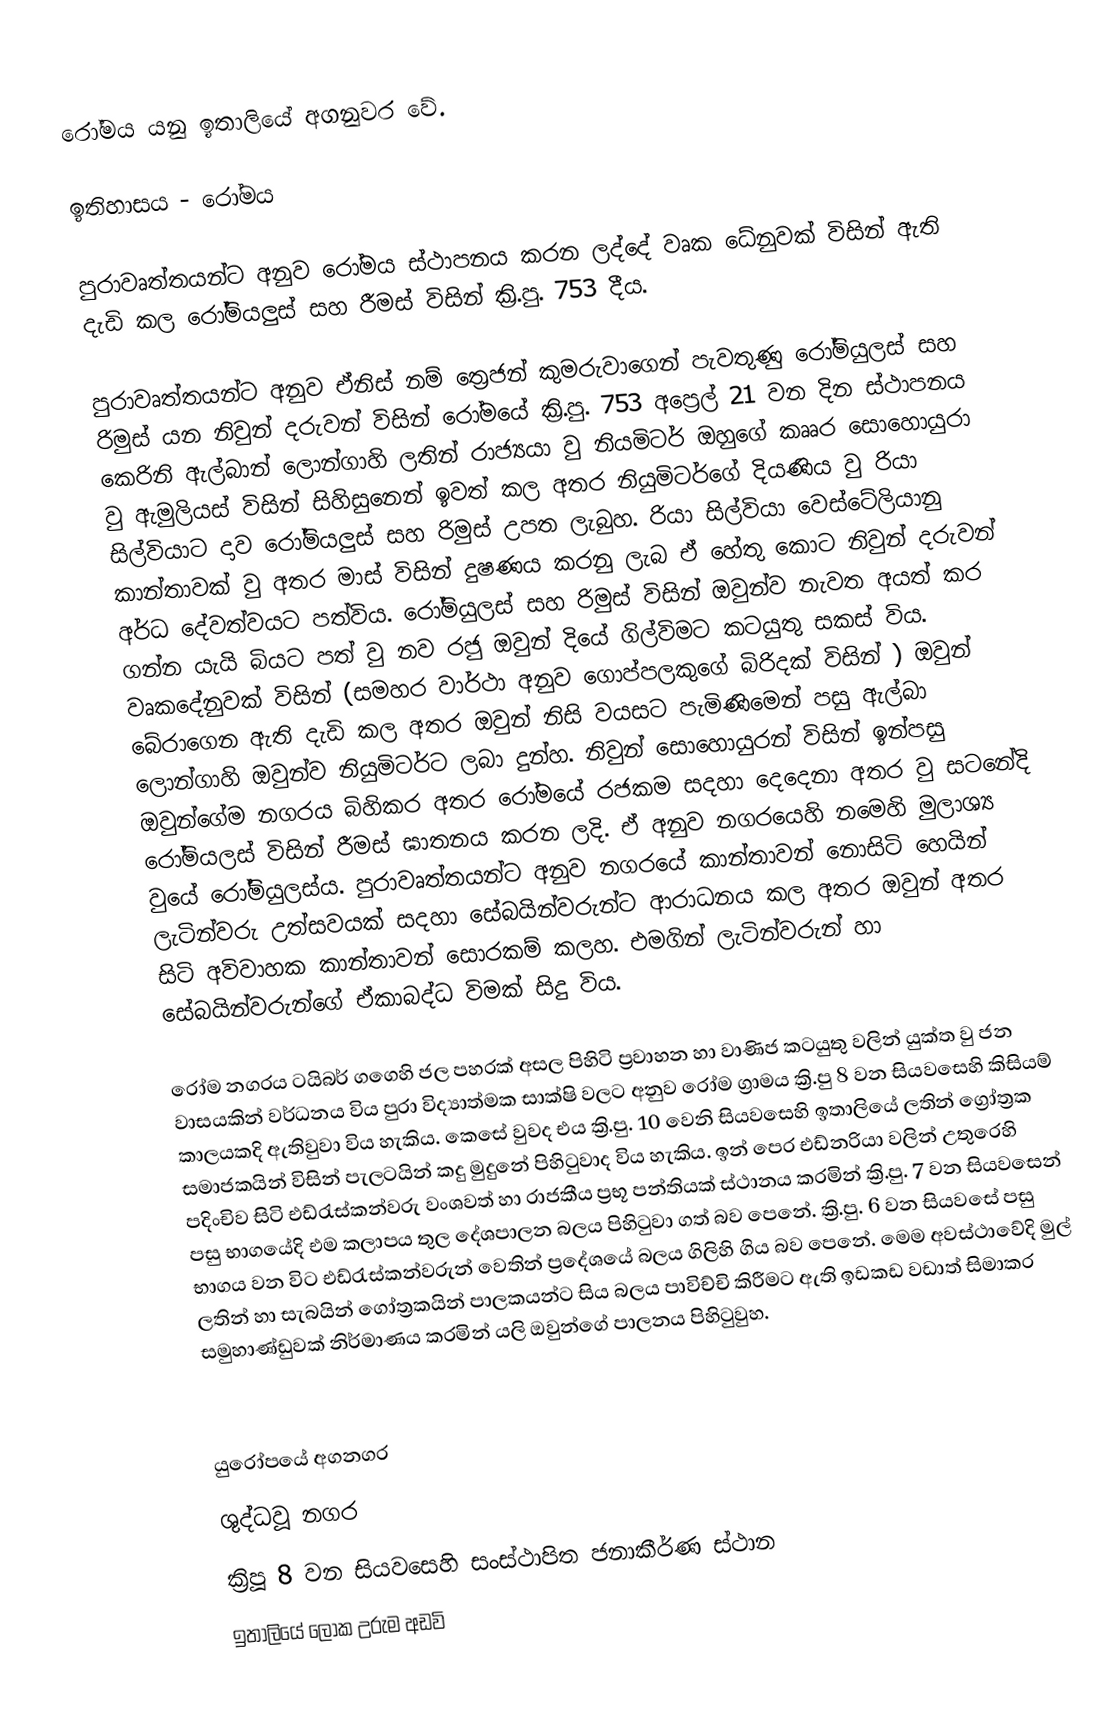
රෝමය යනු ඉතාලියේ අගනුවර වේ.

ඉතිහාසය - රෝමය

පුරාවෘත්තයන්ට අනුව රෝමය ස්ථාපනය කරන ලද්දේ වෘක ධේනුවක් විසින් ඇති දැඩි කල රෝමියලුස් සහ රීමස් විසින් ක්‍රි.පු. 753 දීය.

පුරාවෘත්තයන්ට අනුව ඒනිස් නම් ත්‍රෙජන් කුමරුවාගෙන් පැවතුණු රෝමියුලස් සහ රිමුස් යන නිවුන් දරුවන් විසින් රෝමයේ ක්‍රි.පු. 753 අප්‍රෙල් 21 වන දින ස්ථාපනය කෙ‍රිනි ඇල්බාන් ලොන්ගාහි ලතින් රාජ්‍යයා වු නියමිටර් ඔහුගේ කෲර සොහොයුරා වු ඇමුලියස් විසින් සිහිසුනෙන් ඉවත් කල අතර නියුමිටර්ගේ දියණිය වු රියා සිල්වියාට දාව රෝමියලුස් සහ රිමුස් උපත ලැබුහ. රියා සිල්වියා වෙස්ටේලියානු කාන්තාවක් වු අතර මාස් විසින් දුෂණය කරනු ලැබ ඒ හේතු කොට නිවුන් දරුවන් අර්ධ දේවත්වයට පත්විය. රෝමියුලස් සහ රිමුස් විසින් ඔවුන්ව නැවත අයත් කර ගන්න යැයි බියට පත් වු නව රජු ඔවුන් දියේ ගිල්විමට කටයුතු සකස් විය. වෘකදේනුවක් විසින් (සමහර වාර්ථා අනුව ගොප්පලකුගේ බිරිදක් විසින් ) ඔවුන් බේරාගෙන ඇති දැඩි කල අතර ඔවුන් නිසි වයසට පැමිණිමෙන් පසු ඇල්බා ලොන්ගාහි ඔවුන්ව නියුමිටර්ට ලබා දුන්හ. නිවුන් සොහොයුරන් විසින් ඉන්පසු ඔවුන්ගේම නගරය බිහිකර අතර රෝමයේ රජකම සදහා දෙදෙනා අතර වු සටනේදි රෝමියලස් විසින් රීමස් ඝාතනය කරන ලදි. ඒ අනුව නගරයෙහි නමෙහි ‍මුලාශ්‍ය වුයේ රෝමියුලස්ය. පුරාවෘත්තයන්ට අනුව නගරයේ කාන්තාවන් නොසිටි හෙයින් ලැටින්වරු උත්සවයක් සදහා සේබයින්වරුන්ට ආරාධනය කල අතර ඔවුන් අතර සිටි අවිවාහක කාන්තාවන් ‍සොරකම් කලහ. එමගින් ලැටින්වරුන් හා සේබයින්වරුන්ගේ ඒකාබද්ධ විමක් සිදු විය.

රෝම නගරය ටයිබර් ගගෙහි ජල පහරක් අසල පිහිටි ප්‍රවාහන හා වාණිජ කටයුතු වලින් යුක්ත වු ජන වාසයකින් වර්ධනය විය පුරා විද්‍යාත්මක සාක්ෂි වලට අනුව රෝම ග්‍රාමය ක්‍රි.පු 8 වන සියවසෙහි කිසියම් කාලයකදි ඇතිවුවා විය හැකිය. කෙසේ වුවද එය ක්‍රි.පු. 10 වෙනි සියවසෙහි ඉතාලියේ ලතින් ග්‍රෝත්‍රක සමාජකයින් විසින් පැලටයින් කදු මුදුනේ පිහිටුවාද විය හැකිය. ඉන් පෙර එඩ්නරියා වලින් උතුරෙහි පදිංචිව සිටි එඩ්රැස්කන්වරු වංශවත් හා රාජකීය ප්‍රභූ පන්තියක් ස්ථානය කරමින් ක්‍රි.පු. 7 වන සියවසෙන් පසු භාගයේදි එම කලාපය තුල දේශපාලන බලය පිහිටුවා ගත් බව පෙනේ. ක්‍රි.පු. 6 වන සියවසේ පසු භාගය වන විට එඩ්රැස්කන්වරුන් වෙතින් ප්‍රදේශයේ බලය ගිලිහි ගිය බව පෙනේ. මෙම අවස්ථාවේදි මුල් ලතින් හා සැබයින් ගෝත්‍රකයින් පාලකයන්ට සිය බලය පාවිච්චි කිරීමට‍ ඇති ඉඩකඩ වඩාත් සිමාකර සමුහාණ්ඩුවක් නිර්මාණය කරමින් යලි ඔවුන්ගේ පාලනය පිහිටුවුහ.

යුරෝපයේ අගනගර
ශුද්ධවූ නගර
ක්‍රිපූ 8 වන සියවසෙහි සංස්ථාපිත ජනාකීර්ණ ස්ථාන
ඉතාලියේ ලෝක උරුම අඩවි